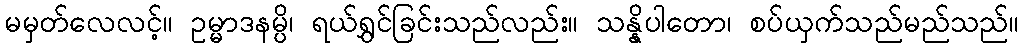
မမှတ်လေလင့်။ ဥမ္မာဒနမ္ပိ၊ ရယ်ရွှင်ခြင်းသည်လည်း။ သန္နိပါတော၊ စပ်ယှက်သည်မည်သည်။